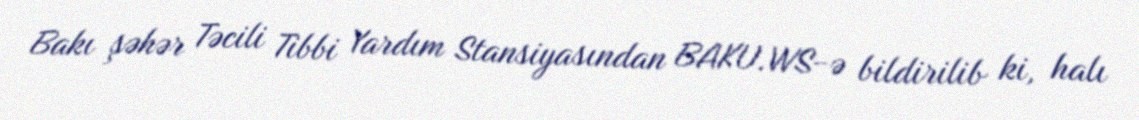
Bakı şəhər Təcili Tibbi Yardım Stansiyasından BAKU.WS-ə bildirilib ki, halı